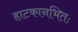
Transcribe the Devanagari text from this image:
हाटकानभितः